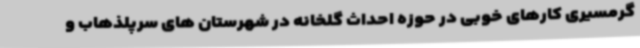
گرمسیری کارهای خوبی در حوزه احداث گلخانه در شهرستان های سرپلذهاب و